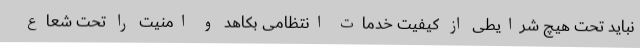
نباید تحت هیچ شرایطی از کیفیت خدمات انتظامی بکاهد و امنیت را تحت شعاع